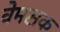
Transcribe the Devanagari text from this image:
वेमसक